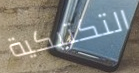
التكتيكية